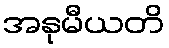
အနုမီယတိ